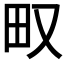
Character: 𤰖